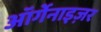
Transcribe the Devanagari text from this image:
ऑर्गेनाइज़र